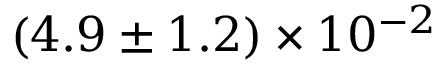
( 4 . 9 \pm 1 . 2 ) \times 1 0 ^ { - 2 }